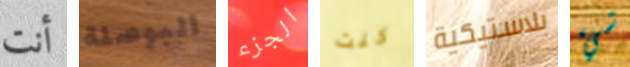
أنت البوصلة الجزء كنت بلاستيكية شيء